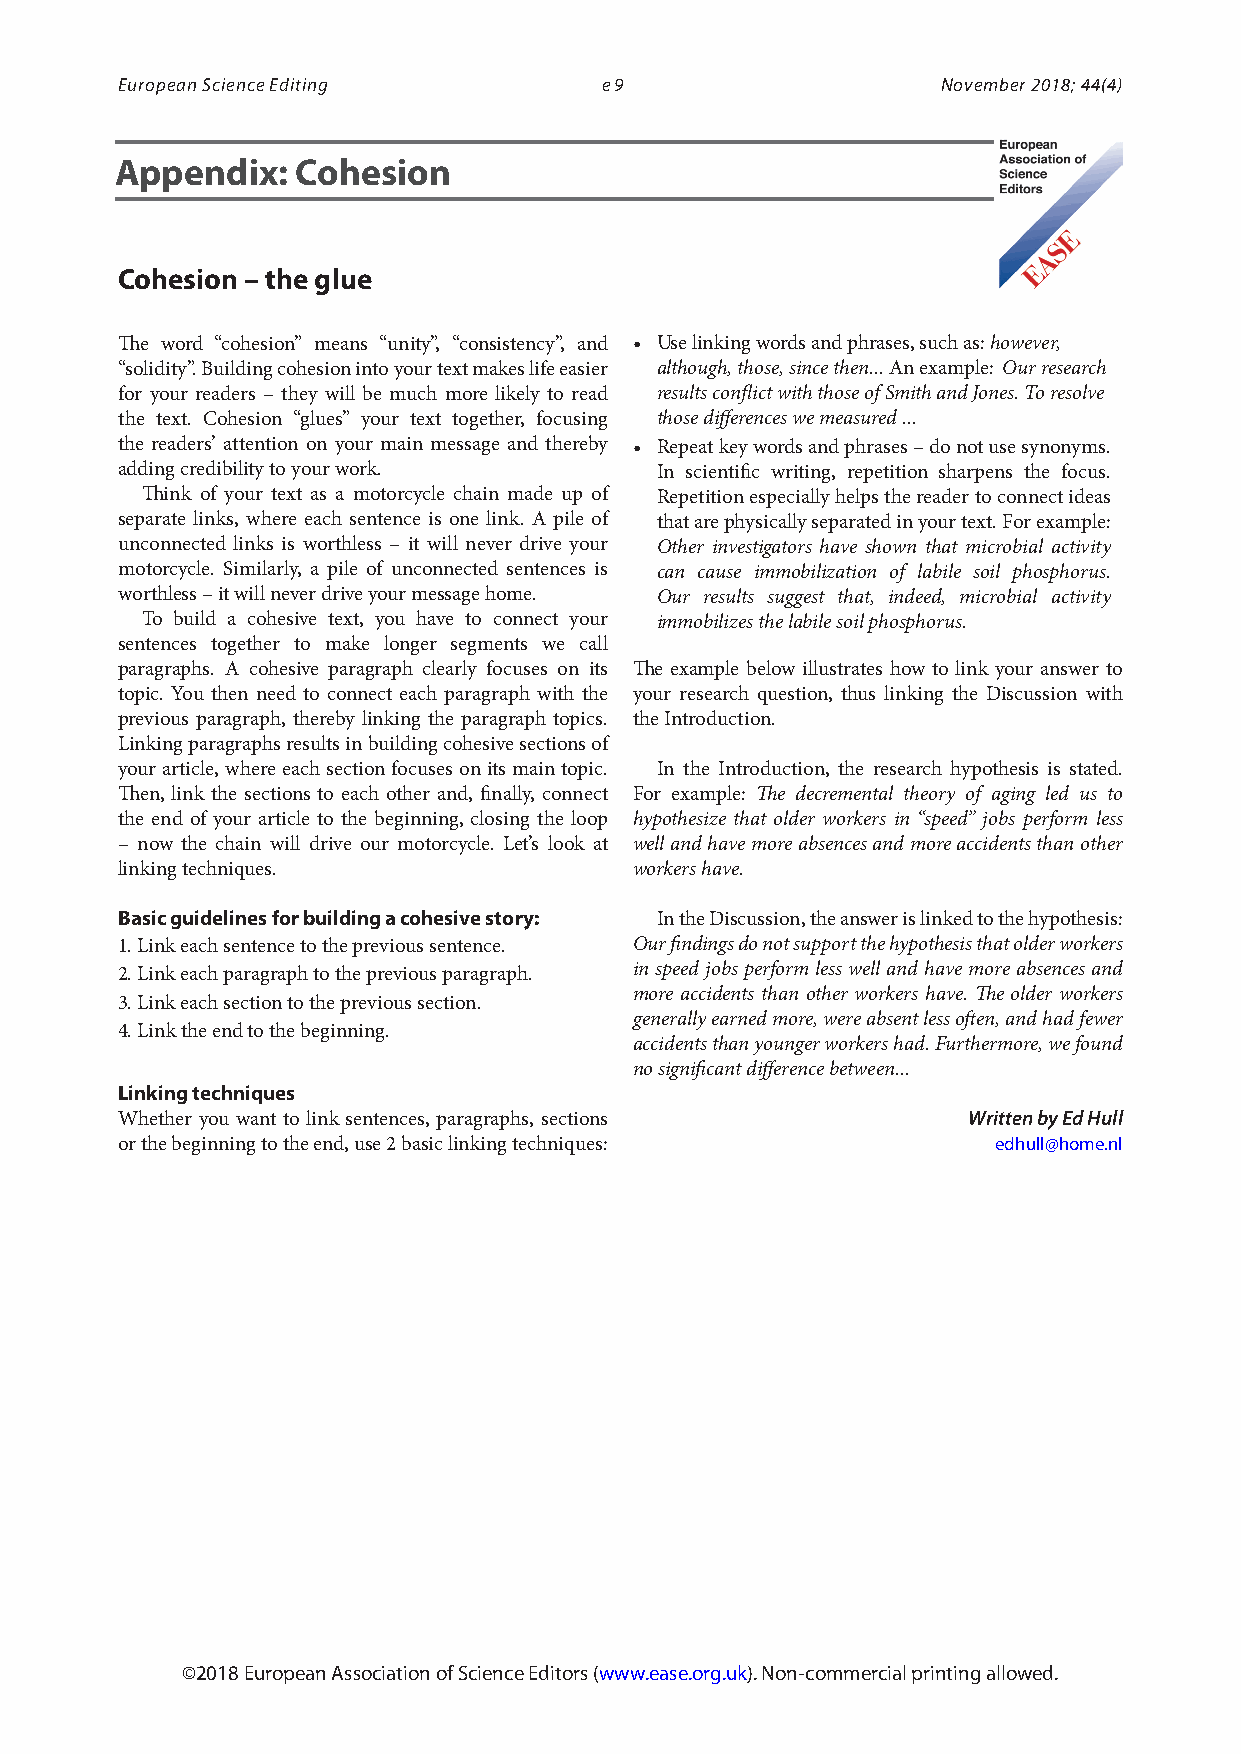
European Science Editing        e9                    November 2018; 44(4)
 Appendix:   Cohesion
 Cohesion – the glue
 The word “cohesion” means “unity”, “consistency”, and • Use linking words and phrases, such as: however,
 “solidity”. Building cohesion into your text makes life easier although, those, since then... An example: Our research
 for your readers – they will be much more likely to read results conflict with those of Smith and Jones. To resolve
 the text. Cohesion “glues” your text together, focusing those differences we measured ...
 the readers’ attention on your main message and thereby • Repeat key words and phrases – do not use synonyms.
 adding credibility to your work.   In scientific writing, repetition sharpens the focus.
 Think of your text as a motorcycle chain made up of Repetition especially helps the reader to connect ideas
 separate links, where each sentence is one link. A pile of that are physically separated in your text. For example:
 unconnected links is worthless – it will never drive your Other investigators have shown that microbial activity
 motorcycle. Similarly, a pile of unconnected sentences is can cause immobilization of labile soil phosphorus.
 worthless – it will never drive your message home. Our results suggest that, indeed, microbial activity
 To build a cohesive text, you have to connect your immobilizes the labile soil phosphorus.
 sentences together to make longer segments we call
 paragraphs. A cohesive paragraph clearly focuses on its The example below illustrates how to link your answer to
 topic. You then need to connect each paragraph with the your research question, thus linking the Discussion with
 previous paragraph, thereby linking the paragraph topics. the Introduction.
 Linking paragraphs results in building cohesive sections of
 your article, where each section focuses on its main topic. In the Introduction, the research hypothesis is stated.
 Then, link the sections to each other and, finally, connect For example: The decremental theory of aging led us to
 the end of your article to the beginning, closing the loop hypothesize that older workers in “speed” jobs perform less
 – now the chain will drive our motorcycle. Let’s look at well and have more absences and more accidents than other
 linking techniques.               workers have.
 Basic guidelines for building a cohesive story: In the Discussion, the answer is linked to the hypothesis:
 1. Link each sentence to the previous sentence. Our findings do not support the hypothesis that older workers
 2. Link each paragraph to the previous paragraph. in speed jobs perform less well and have more absences and
 more accidents than other workers have. The older workers
 3. Link each section to the previous section.
 generally earned more, were absent less often, and had fewer
 4. Link the end to the beginning.
 accidents than younger workers had. Furthermore, we found
 no significant difference between...
 Linking techniques
 Whether you want to link sentences, paragraphs, sections Written by Ed Hull
 or the beginning to the end, use 2 basic linking techniques: edhull@home.nl
 ©2018 European Association of Science Editors (www.ease.org.uk). Non-commercial printing allowed.